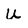
Character: u